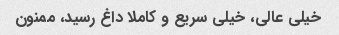
خیلی عالی، خیلی سریع و کاملا داغ رسید، ممنون